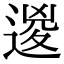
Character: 𨔩